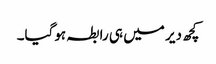
کچھ دیر میں ہی رابطہ ہوگیا۔